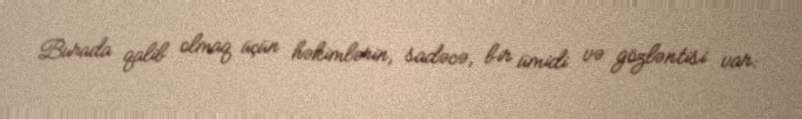
Burada qalib olmaq üçün həkimlərin, sadəcə, bir ümidi və gözləntisi var: